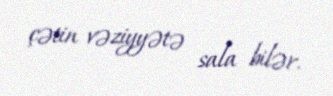
çətin vəziyyətə sala bilər.